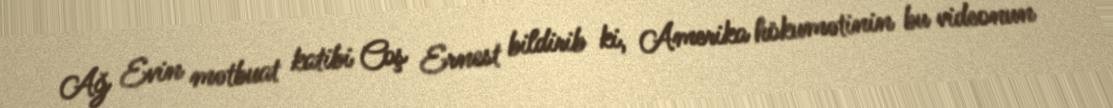
Ağ Evin mətbuat katibi Coş Ernest bildirib ki, Amerika hökumətinin bu videonun